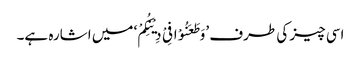
اسی چیز کی طرف ’وَطَعَنُوْا فِیْ دِیْنِکُمْ‘ میں اشارہ ہے۔